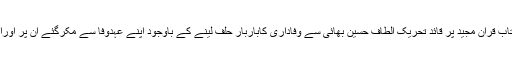
جو لوگ اللہ تعالیٰ کا نام لیکر اوراللہ تعالیٰ کی کتاب قران مجید پر قائد تحریک الطاف حسین بھائی سے وفاداری کاباربار حلف لینے کے باوجود اپنے عہدوفا سے مکرگئے ان پر اورانکی سات نسلوں پر اللہ تعالیٰ کا عذاب نازل ہوگا۔